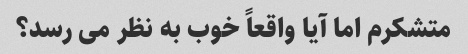
متشکرم اما آیا واقعاً خوب به نظر می رسد؟